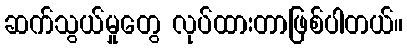
ဆက်သွယ်မှုတွေ လုပ်ထားတာဖြစ်ပါတယ်။